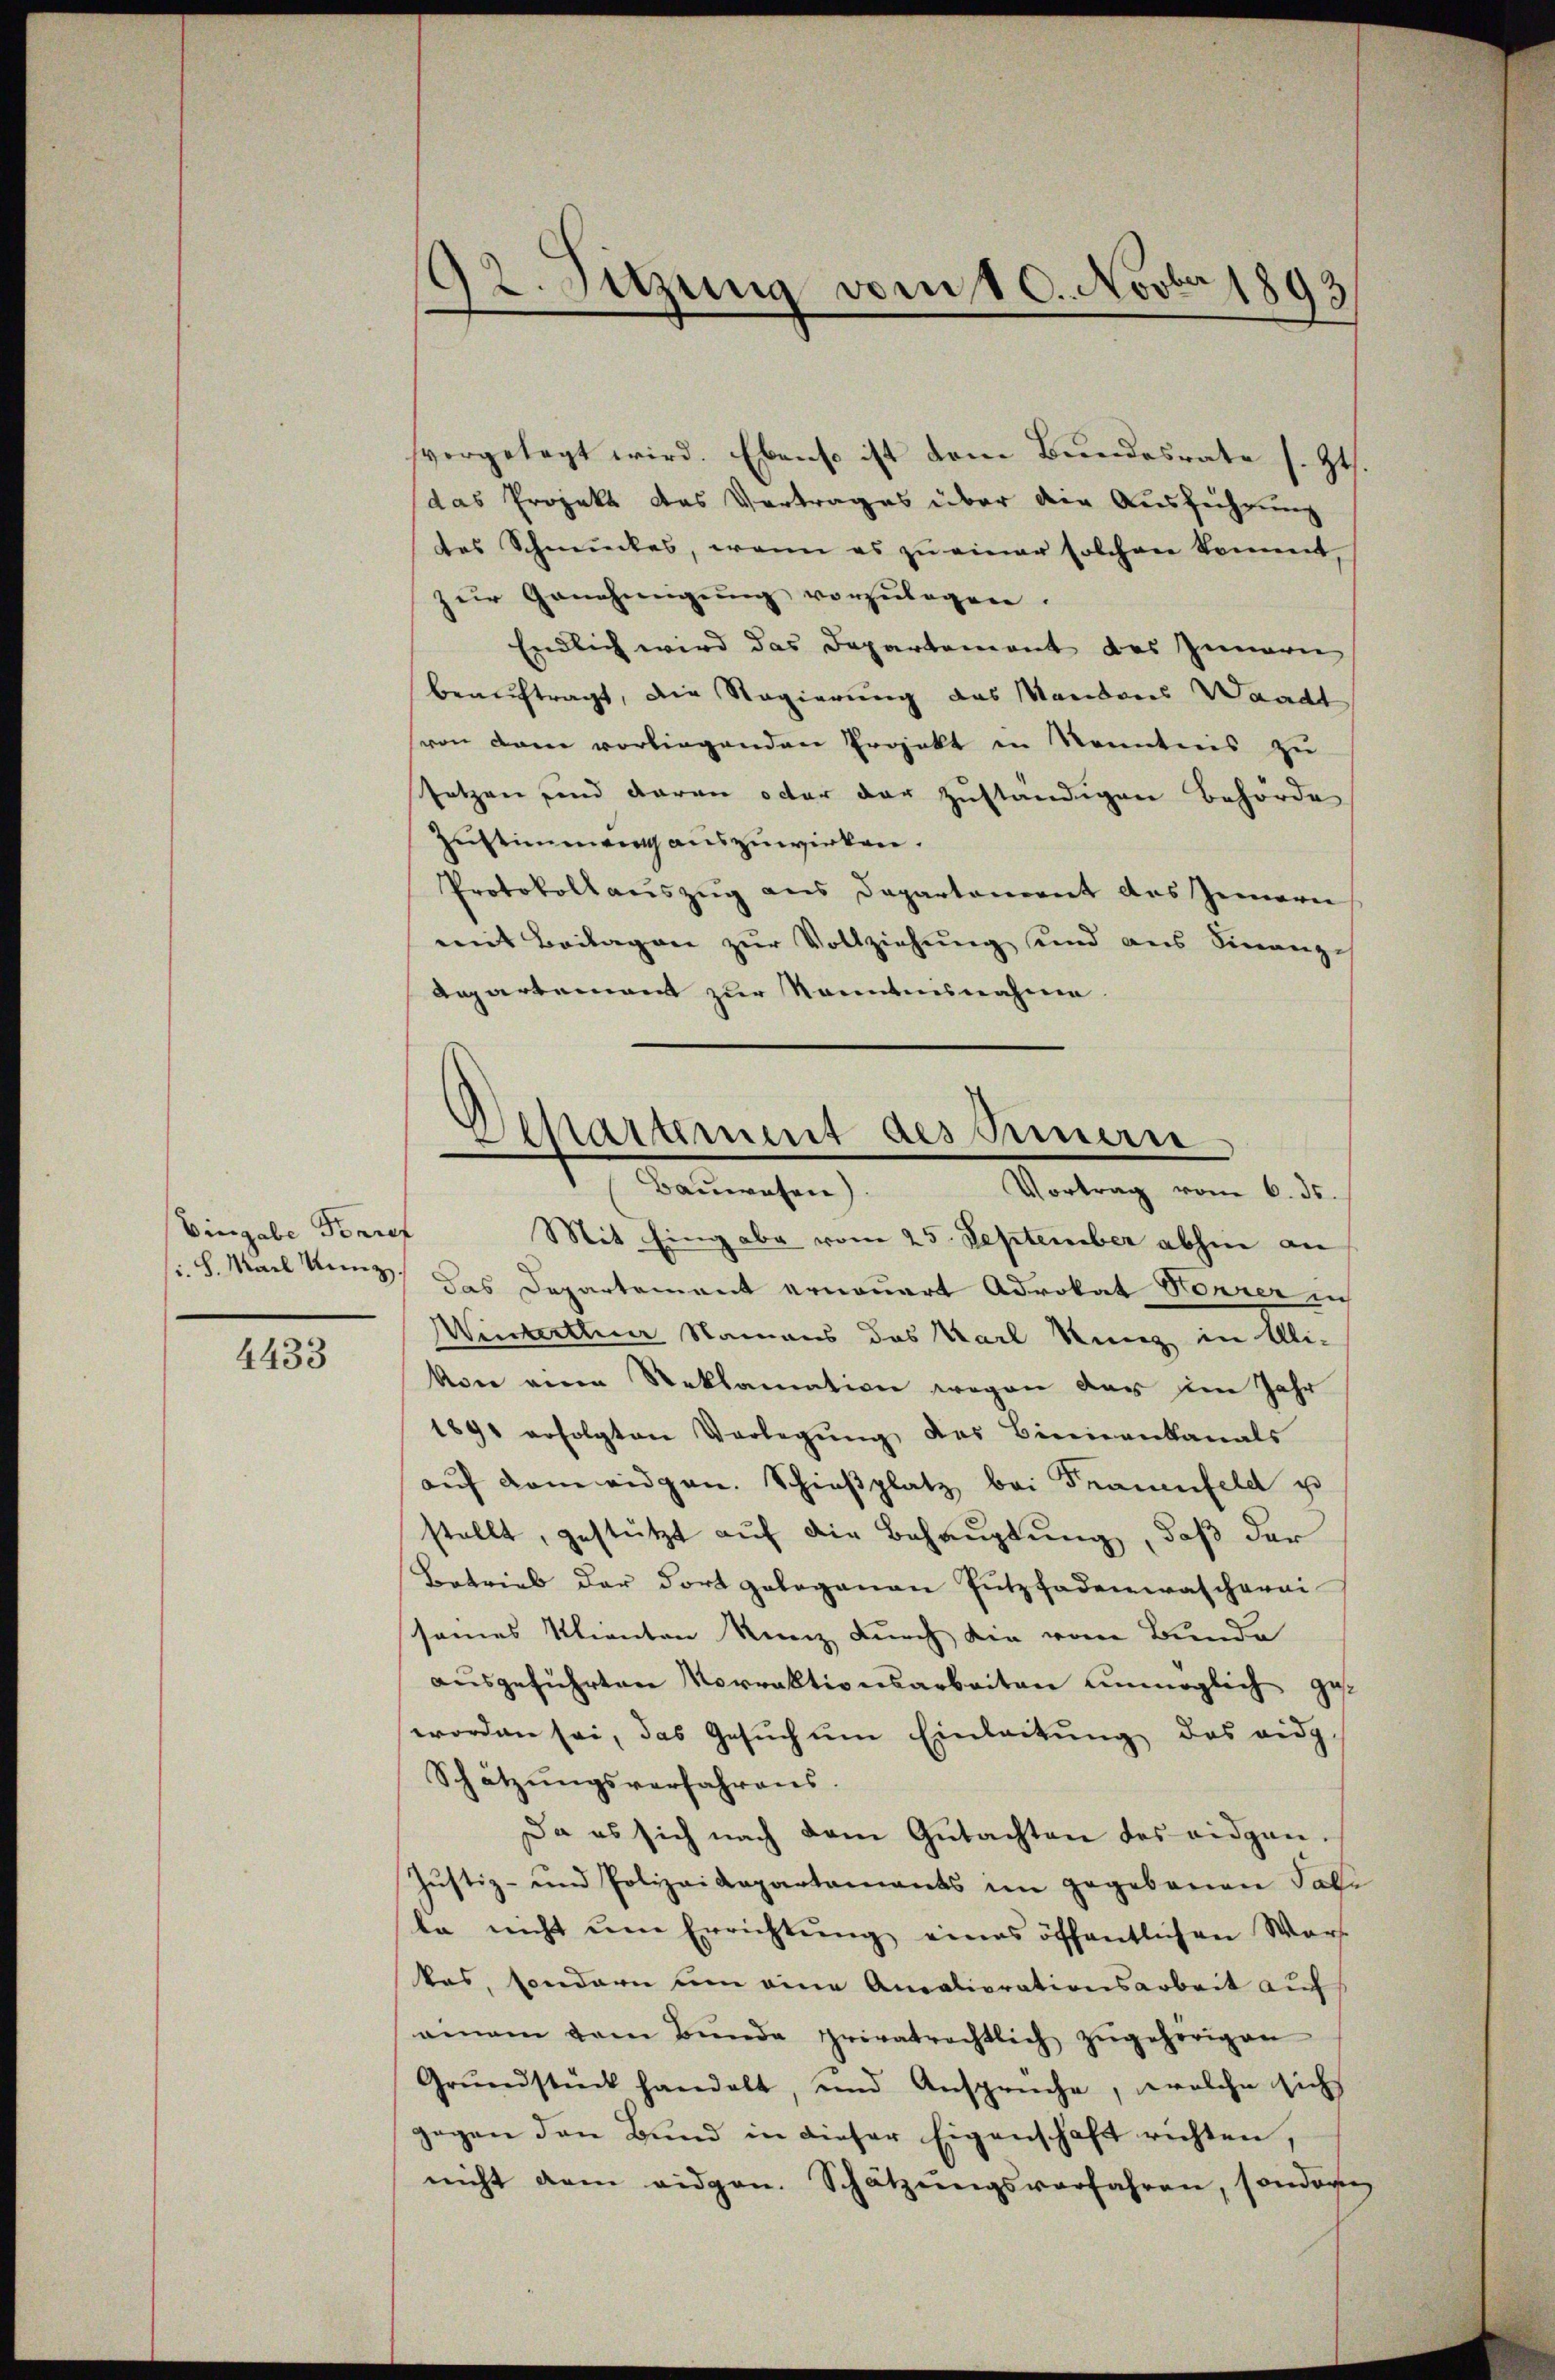
Eingabe Forref

4433

vorgelegt wird. Ebenso ist dem Bundesrate s. Zt.
das Projekt das Vertrages über die Ausführung
des Schneŭckes, wenn es zŭ einer solchen kommt,
zŭr Genehmigung vorzulegen.
Endlich wird das Departement des Innern
beauftragt, die Regierung des Mandons Waadt
(von dann vorliegenden Projekt in Kenntnis zu
setzen sind daran octor der zuständigen Behörde
Zustimmung auszuwirken.
Protokollauszug aus Departement des Gemarei
emit Beilagen zur Vollziehung und aus Finanze
Aepartement zur Kenntnisnahme

Mit Eingabe vom 25. September abhin an
ch. Mael Kunz, das Departement erneuert Advokat Horrer in
Winterteuer Namens des Karl Kunz in Ali-
von eine Reklamation wegen dar im Jahr
1891 erfolgten Vorlegŭng des Biniankanals
aŭf dem eidgen. Schieβplatz bei Frauenfeld u
stellt, gestützt auf die Behauptung, daß der
Betrieb der dort gelegenen Putzfadenwascherei
sames Klienten Kunz durch die vom Bunde
ausgeführten Vorraktionsarbeiten unmöglich gest
worden sei, das Gesŭch ŭm Einleitung des eidg
Schätzŭngsverfahrens.
Da es sich nach dem Gŭtachten des eidgan¬
Justiz- und Polizeidepartamants im gegebauen Tali
le nicht ŭm Errichtung eines öffentlichen Wars
kas, sondern um eine Ancaliorationsarbeit auf
ainem vom Bŭnde privatrechtlich zŭgehörigen
Grŭndstück handelt, und Ansprüche, welche sich
gegen den Bund in dieser Eigenschaft richten,
nicht dem eidgen. Schätzŭngsverfahren, sondern

192. Sitzung vom 10. Novbr 1893

Departement des Sinnern
Balleichen
Vortrag vom 6. ds.